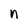
Character: n